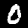
Label: 0